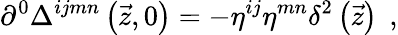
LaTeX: \partial^{0}\Delta^{ijmn}\left(\vec{z},0\right)=-\eta^{ij}\eta^{mn}\delta^{2}\left(\vec{z}\right)\; \, ,